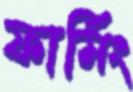
ফার্মিং